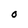
Character: O